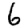
Digit: 6